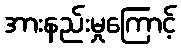
အားနည်းမှုကြောင့်